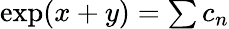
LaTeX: \textstyle\exp(x+y)=\sum c_{n}